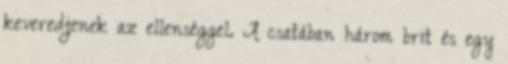
keveredjenek az ellenséggel. A csatában három brit és egy